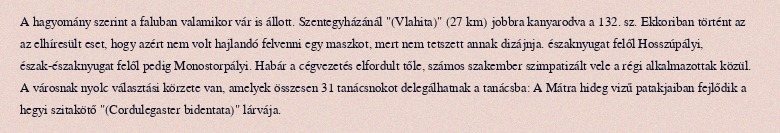
A hagyomány szerint a faluban valamikor vár is állott. Szentegyházánál "(Vlahita)" (27 km) jobbra kanyarodva a 132. sz. Ekkoriban történt az az elhíresült eset, hogy azért nem volt hajlandó felvenni egy maszkot, mert nem tetszett annak dizájnja. északnyugat felől Hosszúpályi, észak-északnyugat felől pedig Monostorpályi. Habár a cégvezetés elfordult tőle, számos szakember szimpatizált vele a régi alkalmazottak közül. A városnak nyolc választási körzete van, amelyek összesen 31 tanácsnokot delegálhatnak a tanácsba: A Mátra hideg vizű patakjaiban fejlődik a hegyi szitakötő "(Cordulegaster bidentata)" lárvája.